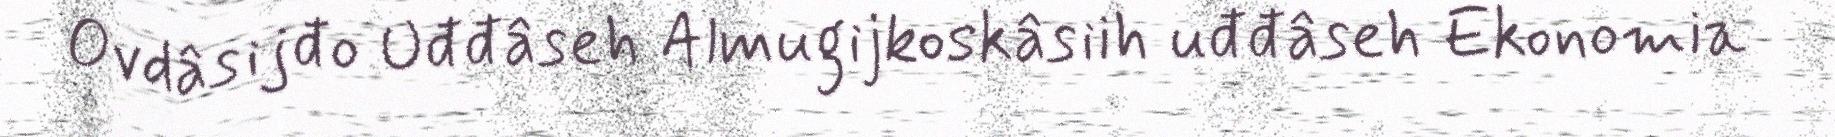
Ovdâsijđo Uđđâseh Almugijkoskâsiih uđđâseh Ekonomia